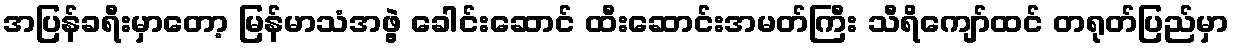
အပြန်ခရီးမှာတော့ မြန်မာသံအဖွဲ့ ခေါင်းဆောင် ထီးဆောင်းအမတ်ကြီး သီရိကျော်ထင် တရုတ်ပြည်မှာ